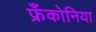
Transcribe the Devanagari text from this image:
फ्रँकोनिया